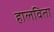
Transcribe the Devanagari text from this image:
हालविता